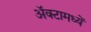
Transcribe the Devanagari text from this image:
अॅक्टामध्यें